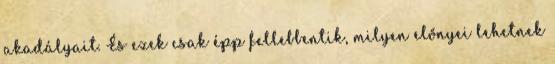
akadályait. És ezek csak épp fellebbentik, milyen előnyei lehetnek